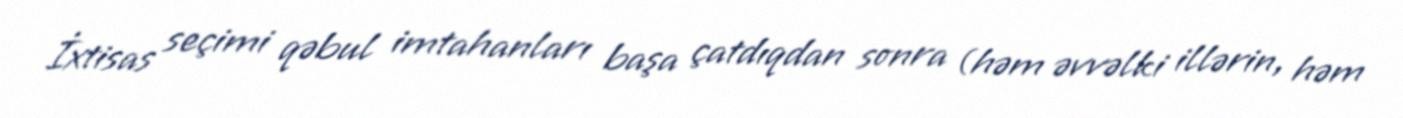
İxtisas seçimi qəbul imtahanları başa çatdıqdan sonra (həm əvvəlki illərin, həm